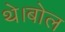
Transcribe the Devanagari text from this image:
थे।बोल